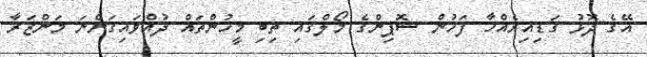
އޭގެ ދޮޅު ގަޑިއިރެއްހާ ފަހުން ޝޮޕިންގެ މޯލްގައި ތިބި މީހުންތައް ދުއްވައިގަންނަ މަންޒަރާ